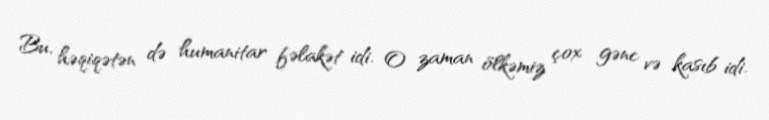
Bu, həqiqətən də humanitar fəlakət idi. O zaman ölkəmiz çox gənc və kasıb idi.